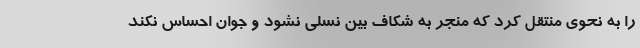
را به نحوی منتقل کرد که منجر به شکاف بین نسلی نشود و جوان احساس نکند